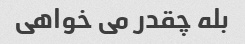
بله چقدر می خواهی